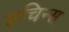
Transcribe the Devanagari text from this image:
हचिन्स